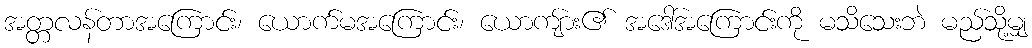
အတ္တလန်တာအကြောင်း၊ ယောက်မအကြောင်း၊ ယောကျ်ား၏ အဒေါ်အကြောင်းကို မသိသေးဘဲ မည်သို့မျှ